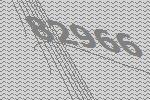
82966